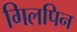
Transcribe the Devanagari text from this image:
गिलपिन